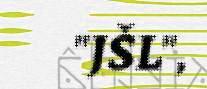
"JŠL",